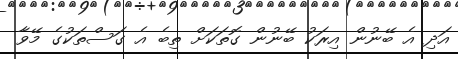
އަދި އެ ބޭނުން އިރަކު ބޭނުން ގޮތަކަށް ތިބެ އެ ގަސްތަކުގެ މޭވާ